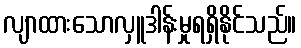
လျာထားသောလှူဒါန်းမှုရရှိနိုင်သည်။